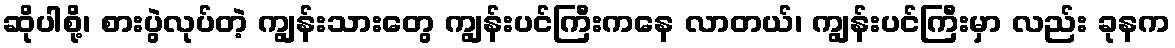
ဆိုပါစို့၊ စားပွဲလုပ်တဲ့ ကျွန်းသားတွေ ကျွန်းပင်ကြီးကနေ လာတယ်၊ ကျွန်းပင်ကြီးမှာ လည်း ခုနက